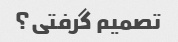
تصمیم گرفتی؟